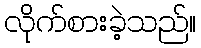
လိုက်စားခဲ့သည်။